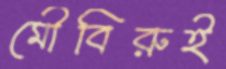
মৌবিরুই